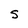
Character: S